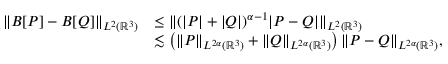
\begin{array} { r l } { \| B [ P ] - B [ Q ] \| _ { L ^ { 2 } ( { \mathbb R } ^ { 3 } ) } } & { \leq \| ( | P | + | Q | ) ^ { \alpha - 1 } | P - Q | \| _ { L ^ { 2 } ( { \mathbb R } ^ { 3 } ) } } \\ & { \lesssim \left( \| P \| _ { L ^ { 2 \alpha } ( { \mathbb R } ^ { 3 } ) } + \| Q \| _ { L ^ { 2 \alpha } ( { \mathbb R } ^ { 3 } ) } \right) \| P - Q \| _ { L ^ { 2 \alpha } ( { \mathbb R } ^ { 3 } ) } , } \end{array}